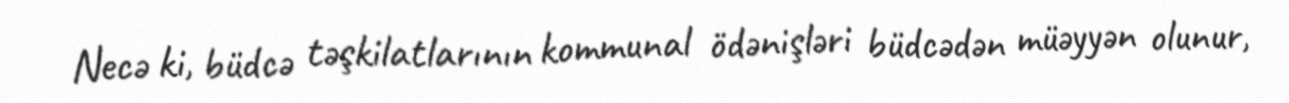
Necə ki, büdcə təşkilatlarının kommunal ödənişləri büdcədən müəyyən olunur,